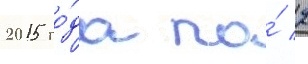
2015 го́да по́ 2